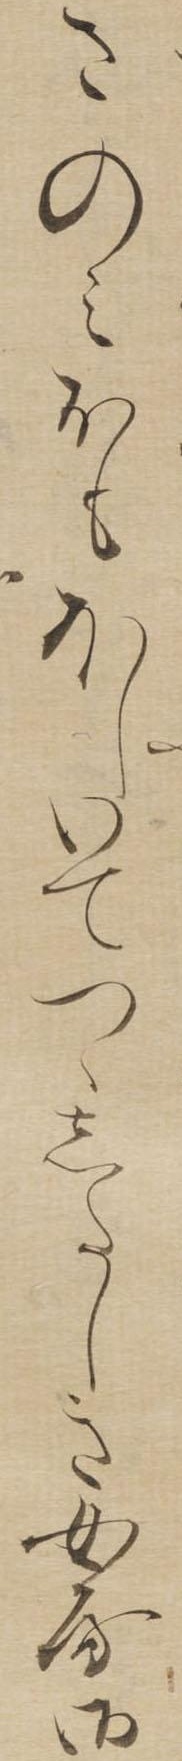
さのみおもほしいてつゝしたしき女房御